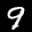
Label: 9